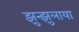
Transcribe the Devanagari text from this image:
झुन्झुलाया